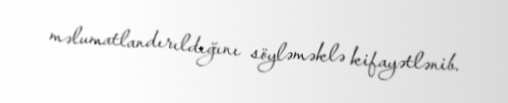
məlumatlandırıldığını söyləməklə kifayətlənib.